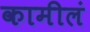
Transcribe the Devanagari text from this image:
कामीलं